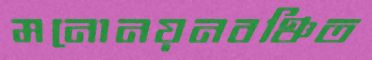
মনোনয়নবঞ্চিত